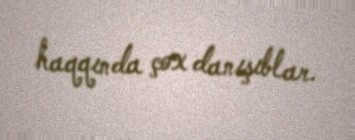
haqqında çox danışıblar.